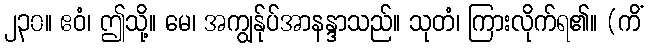
၂၃၀။ ဧဝံ၊ ဤသို့။ မေ၊ အကျွန်ုပ်အာနန္ဒာသည်။ သုတံ၊ ကြားလိုက်ရ၏။ (ကိံ